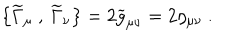
LaTeX: \left\{ { \widetilde \Gamma } _ { \mu } ~ , ~ { \widetilde \Gamma } _ { \nu } \right\} = 2 { \widetilde g } _ { \mu \nu } = 2 \eta _ { \mu \nu } ~ .